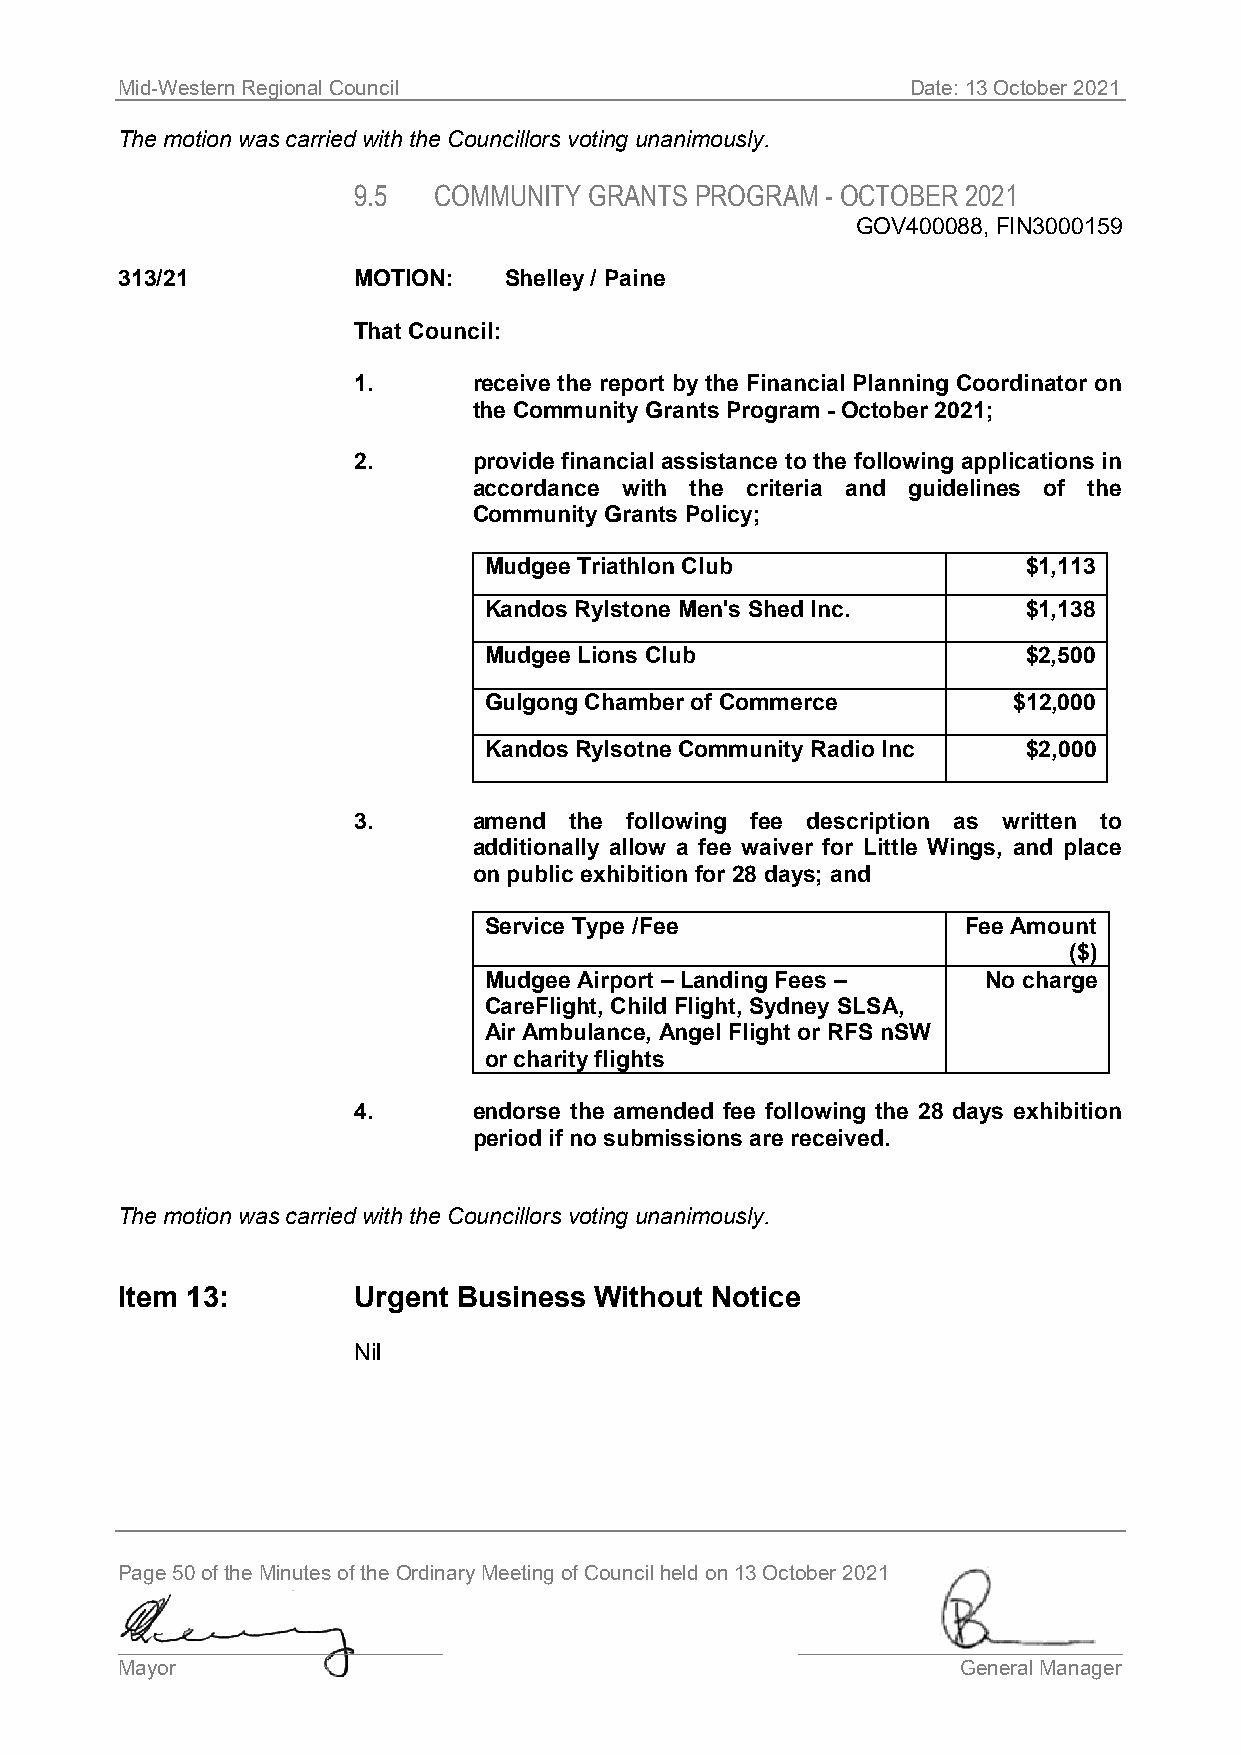
Mid-Western Regional Council                        Date: 13 October 2021
 The motion was carried with the Councillors voting unanimously.
 9.5   COMMUNITY GRANTS PROGRAM  - OCTOBER 2021
 GOV400088, FIN3000159
 313/21         MOTION:   Shelley / Paine
 That Council:
 1.      receive the report by the Financial Planning Coordinator on
 the Community Grants Program - October 2021;
 2.      provide financial assistance to the following applications in
 accordance with the criteria and guidelines of the
 Community Grants Policy;
 Mudgee Triathlon Club               $1,113
 Kandos Rylstone Men's Shed Inc.     $1,138
 Mudgee Lions Club                   $2,500
 Gulgong Chamber of Commerce        $12,000
 Kandos Rylsotne Community Radio Inc $2,000
 3.      amend  the following fee description as written to
 additionally allow a fee waiver for Little Wings, and place
 on public exhibition for 28 days; and
 Service Type /Fee               Fee Amount
 ($)
 Mudgee Airport – Landing Fees –  No charge
 CareFlight, Child Flight, Sydney SLSA,
 Air Ambulance, Angel Flight or RFS nSW
 or charity flights
 4.      endorse the amended fee following the 28 days exhibition
 period if no submissions are received.
 The motion was carried with the Councillors voting unanimously.
 Item 13:       Urgent Business Without Notice
 Nil
 Page 50 of the Minutes of the Ordinary Meeting of Council held on 13 October 2021
 ____________________________                 ____________________________
 Mayor                                                   General Manager